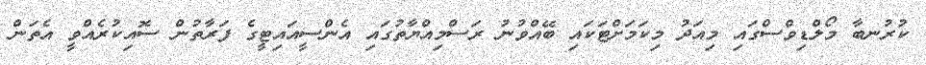
ކުރުނބާ މޯލްޑިވްސްގައި މިއަދު މިކަމަށްޓަކައި ބޭއްވުނު ރަސްމިއްޔާތުގައި އެންސީއައިޓީގެ ފަރާތުން ސޮއިކުރެއްވީ އެތަން